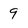
Character: 9